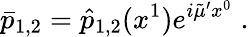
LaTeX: \bar{p}_{1,2}=\hat{p}_{1,2}(x^{1})e^{i\tilde{\mu}^{\prime}x^{0}}\; .